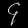
Digit: ၄